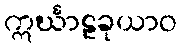
ဣင်္ဃာဠခုယာဝ